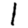
Digit: 1